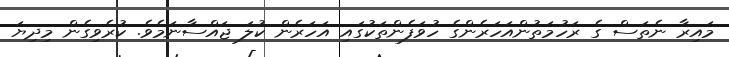
މައިރާ ނެތަސް ގެ ރަހުމަތުންއަހަރެންގެ ހުވަފެންތަކުގައި އަހަރެން ކުލަ ޖައްސާނަމެވެ. ކުރެވިގެން މިދިޔަ